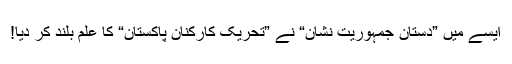
ایسے میں ”دستانِ جمہوریت نشان“ نے ”تحریکِ کارکنانِ پاکستان“ کا علم بلند کر دیا!